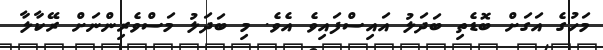
މަހުގެ އަގަށް ބޮޑެތި ބަދަލު އައިސްފައިވެ އެވެ. މި ބަދަލު މަސްވެރިންނަށް ރޭކާލާ